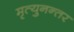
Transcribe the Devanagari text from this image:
मृत्युनन्तर